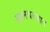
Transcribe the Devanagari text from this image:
खलबत्त्यात